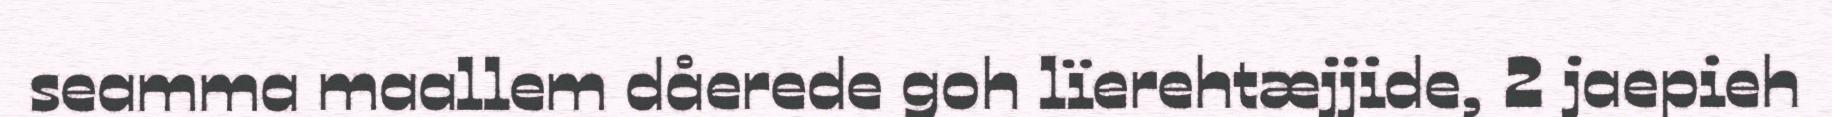
seamma maallem dåerede goh lïerehtæjjide, 2 jaepieh